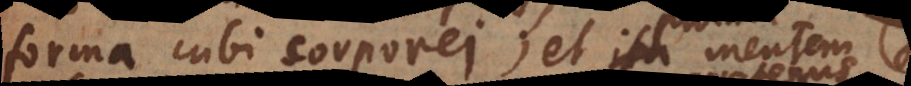
forma cubi corporei; et proinde mentem